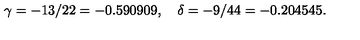
\gamma = - 1 3 / 2 2 = - 0 . 5 9 0 9 0 9 , \quad \delta = - 9 / 4 4 = - 0 . 2 0 4 5 4 5 .